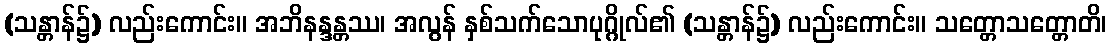
(သန္တာန်၌) လည်းကောင်း။ အဘိနန္ဒန္တဿ၊ အလွန် နှစ်သက်သောပုဂ္ဂိုလ်၏ (သန္တာန်၌) လည်းကောင်း။ သတ္တောသတ္တောတိ၊